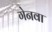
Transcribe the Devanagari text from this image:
गेनवा